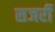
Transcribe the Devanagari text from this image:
सजर्री